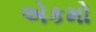
એકમો